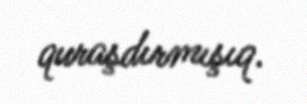
quraşdırmışıq.